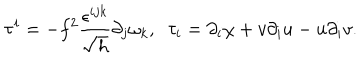
\tau ^ { i } = - f ^ { 2 } \frac { \epsilon ^ { i j k } } { \sqrt { h } } \partial _ { j } \omega _ { k } , \; \; \tau _ { i } = \partial _ { i } \chi + v \partial _ { i } u - u \partial _ { i } v .